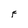
Character: F